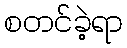
စတင်ခဲ့ရာ